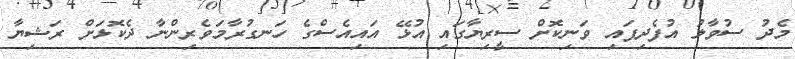
މެދު ސުވާލު އުފެދިފައި ވަނިކޮށް ސީރިޔާގައި އުޅޭ އައިއެސްގެ ހަނގުރާމަވެރިންނާ ދެކޮޅަށް ރަޝިޔާ